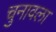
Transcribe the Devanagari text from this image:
चुनावला